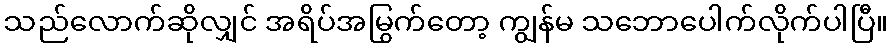
သည်လောက်ဆိုလျှင် အရိပ်အမြွက်တော့ ကျွန်မ သဘောပေါက်လိုက်ပါပြီ။